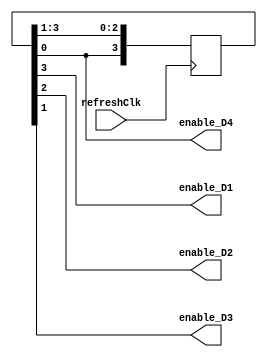
`timescale 1ns / 1ps

module enable_sr(
 input refreshClk, //input clock
 output enable_D1, //right most digit
 output enable_D2, //second right most digit
 output enable_D3, //second left most digit
 output enable_D4 //left most digit
 );
 //pattern vector variable. each vector represent one digit
 //assign the pattern to 0111 so only right most digit is asserted (active low)
 reg [3:0] pattern = 4'b0111;
 assign enable_D1 = pattern[3]; //assign rightmost digit to 0; turn on rightmost
 assign enable_D2 = pattern[2]; //assign second right most digit to 1, off
 assign enable_D3 = pattern[1]; //assign second left most digit to 1, off
 assign enable_D4 = pattern[0]; //assign left most digit to 1, off
 always @(posedge refreshClk) begin
 pattern <= {pattern[0],pattern[3:1]}; //shift the vector to enable each digit
 end
endmodule